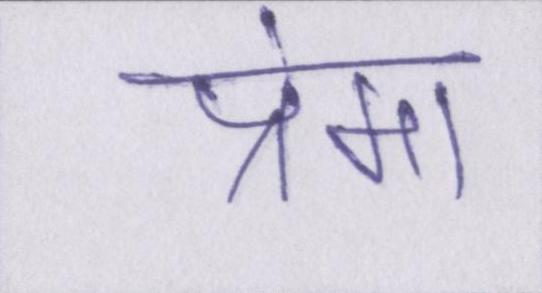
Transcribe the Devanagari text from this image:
प्रेमा